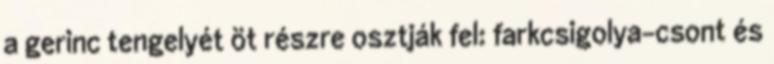
a gerinc tengelyét öt részre osztják fel: farkcsigolya-csont és